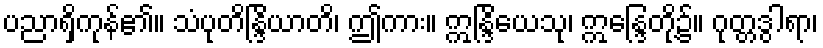
ပညာရှိကုန်၏။ သံပုတိန္ဒြိယာတိ၊ ဤကား။ ဣန္ဒြိယေသု၊ ဣန္ဒြေတို့၌။ ဂုတ္တဒွါရာ၊